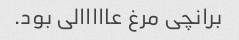
برانچی مرغ عااااالی بود.